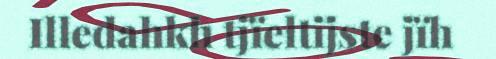
Illedahkh tjïeltijste jïh